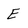
Character: E